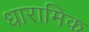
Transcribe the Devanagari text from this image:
धारामिक